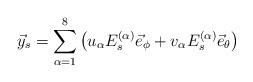
LaTeX: \begin{align*}\vec{y}_s = \sum_{\alpha=1}^8 \left( u_{\alpha} E^{(\alpha)}_s \vec{e}_{\phi} +v_{\alpha} E^{(\alpha)}_s \vec{e}_{\theta} \right) \end{align*}